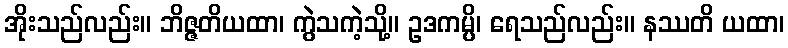
အိုးသည်လည်း။ ဘိဇ္ဇတိယထာ၊ ကွဲသကဲ့သို့။ ဥဒကမ္ပိ၊ ရေသည်လည်း။ နဿတိ ယထာ၊